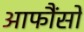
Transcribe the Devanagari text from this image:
आफौंसो